Report of the Municipal Commissioner on the plague in Bombay for the year ending 31st May... - Volume 3
Disease focus: Plague
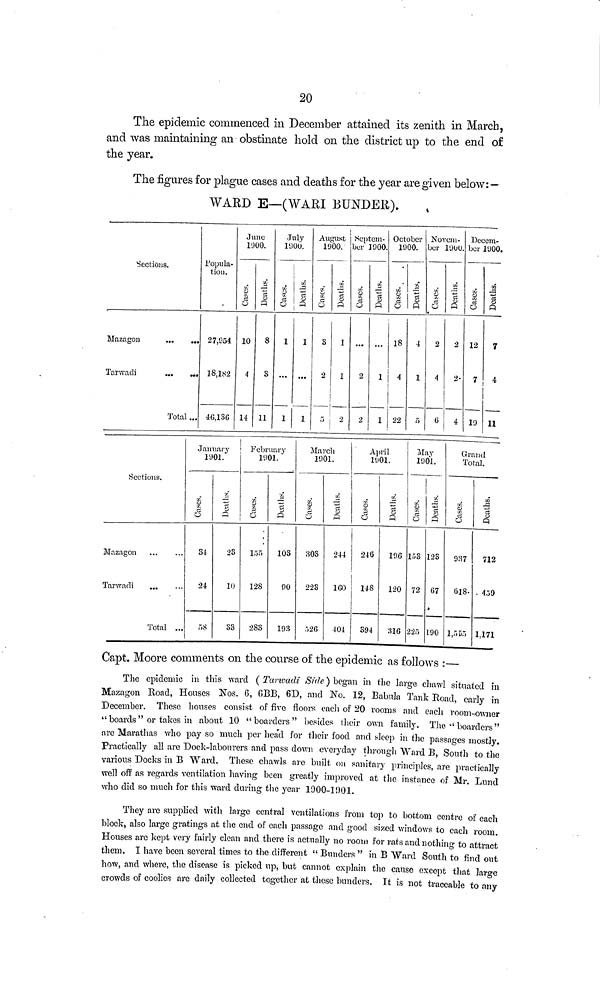
20
The epidemic commenced in December attained its zenith in March,
and was maintaining an obstinate hold on the district up to the end of
the year.
The figures for plague cases and deaths for the year are given below: —
WARD E—(WARI BUNDER).
Sections.
Mazagon
...
...
Tarwadi
...
...
Total...
Popula-
tion.
27,954
18,182
40,136
June
11)00.
Cases.
10
4
14
Deaths.
8
3
11
July
1900.
Cases.
1
1
Deaths.
1
...
1
August
1900.
Cases.
S
2
5
Deaths.
1
1
2
Septem-
ber 1000.
Cases.
2
2
Deaths.
...
1
1
October
1900.
Cases.
18
4
22
Deaths.
4
1
5
Novem-
ber 1900.
Cases.
2
4
G
Deaths.
2
2-
4
Decem-
ber 1900.
Cases.
12
7
19
Deaths.
7
4
11
Sections.
Mazagon
Tarwadi
...
Total ...
January
1901.
Cases.
34
24
58
Deaths.
23
10
S3
February
1901.
Cases.
155
128
283
Deaths.
103
90
193
March
1901.
Cases.
303
223
526
Deaths.
244
160
404
April
1901.
Cases.
246
148
394
Deaths.
196
120
316
May
1901.
Cases.
153
72
225
Deaths.
123
67
190
Granel
Total.
Cases.
937
618
1,555
Deaths.
712
459
1,171
Capt. Moore comments on the course of the epidemic as follows :—
The epidemic in this ward ( Tarwadi Side ) began in the large chawl situated in
Mazagon Road, Houses Nos. 6, 6BB, 6D, and No. 12, Babula Tank Road, early in
December. These houses consist of five floors each of 20 rooms and each room-owner
" boards " or takes in about 10 "boarders" besides their own family. The "boarders "
are Marathas who pay so much per head for their food and sleep in the passages mostly.
Practically all are "Dock-labourers and pass down everyday through "Ward B, South to the
various Docks in B Ward. These chawls are built on sanitary principles, are practically
well off as regards ventilation having been greatly improved at the instance of Mr. Lund
who did so much for this ward during the year 1900-1901.
They are supplied with large central ventilations from top to bottom centre of each
block, also large gratings at the end of each passage and good sized windows to each room.
Houses are kept very fairly clean and there is actually no room for rats and nothing to attract
them. I have been several times to the different "Bunders " in B Ward South to find out
how, and where, the disease is picked up, but cannot explain the cause except that large
crowds of coolies are daily collected together at these bunders. It is not traceable to any